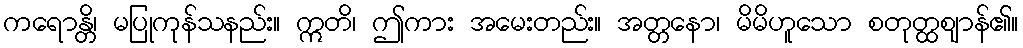
ကရောန္တိ၊ မပြုကုန်သနည်း။ ဣတိ၊ ဤကား အမေးတည်း။ အတ္တနော၊ မိမိဟူသော စတုတ္ထဈာန်၏။